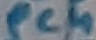
Text: PC4